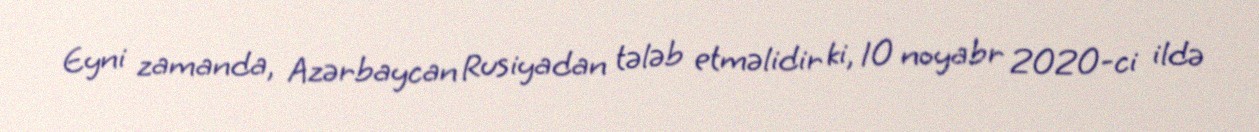
Eyni zamanda, Azərbaycan Rusiyadan tələb etməlidir ki, 10 noyabr 2020-ci ildə